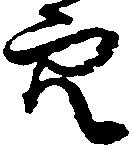
穴